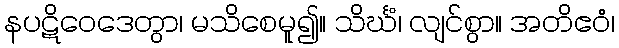
နပဋိဝေဒေတွာ၊ မသိစေမူ၍။ သိင်္ဃံ၊ လျင်စွာ။ အတိဧဝံ၊